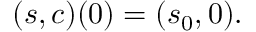
( s , c ) ( 0 ) = ( s _ { 0 } , 0 ) .